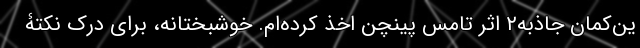
ین‌کمان جاذبه۲ اثر تامس پینچن اخذ کرده‌ام. خوشبختانه، برای درک نکتۀ